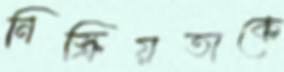
নিস্ক্রিয়তাকে